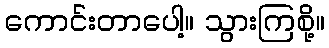
ကောင်းတာပေါ့။ သွားကြစို့။